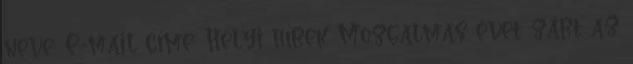
neve: E-mail címe: Helyi hírek Mozgalmas évet zárt az